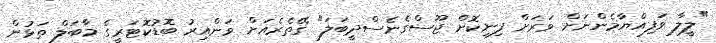
"ލީލާ ވަފިއްޔާމެންނަށް ވަރަށް ފިނިކޮށް ޖޫސްގެނެސްދީބަލަ" ގޭތެރެއަށް ވަންއިރު ބޮޑުކޮޓަރީގެ މާބަލް ތަޅުން